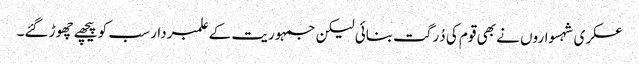
عسکری شہسواروں نے بھی قوم کی دُرگت بنائی لیکن جمہوریت کے علمبردار سب کو پیچھے چھوڑ گئے۔